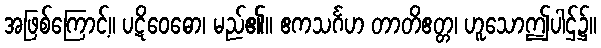
အဖြစ်ကြောင့်။ ပဋိဝေဓော၊ မည်၏။ ဧကသင်္ဂဟ တာတိဧတ္တ၊ ဟူသောဤပါဌ်၌။